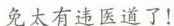
免太有违医道了！